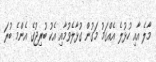
މާލެ އާއި ހުޅުލެ އެއްގަމު މަގުން ގުޅާލެވުމާއި އެކު ބުރިޖުގެ އެންމެ ބުރަ